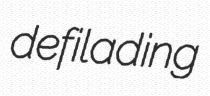
defilading